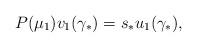
LaTeX: \begin{align*}{P(\mu _1 )v_1 (\gamma _* ) = s_* u_1 (\gamma _* )},\end{align*}